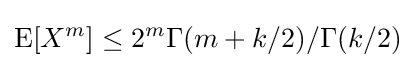
\operatorname {E} [X^{m}]\leq 2^{m}\Gamma (m+k/2)/\Gamma (k/2)